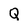
Character: Q